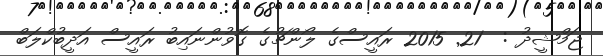
ޖަމްޝީދު :  21